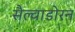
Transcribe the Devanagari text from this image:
सैल्वाडोरन